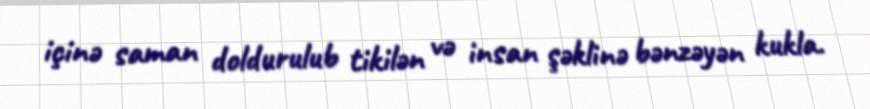
içinə saman doldurulub tikilən və insan şəklinə bənzəyən kukla.